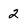
Character: 2